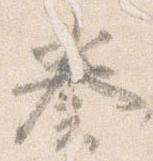
奏